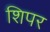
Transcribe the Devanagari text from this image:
शिपर